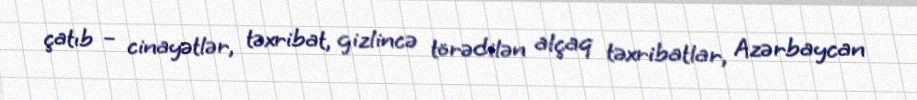
çatıb – cinayətlər, təxribat, gizlincə törədilən alçaq təxribatlar, Azərbaycan